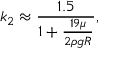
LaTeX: k _ { 2 } \approx { \frac { 1 . 5 } { 1 + { \frac { 1 9 \mu } { 2 \rho g R } } } } ,